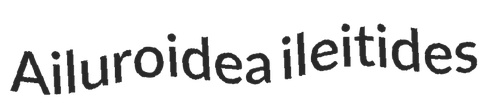
Ailuroidea ileitides